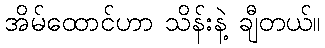
အိမ်ထောင်ဟာ သိန်းနဲ့ ချီတယ်။